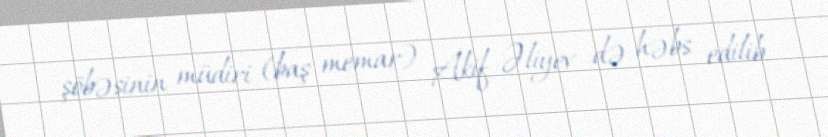
şöbəsinin müdiri (baş memar) Akif Əliyev də həbs edilib.